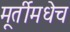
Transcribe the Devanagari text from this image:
मूर्तीमधेच